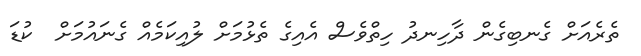
ތެރެއަށް ގެނބިގެން ދާހިނދު ހިތްވެސް އެއިގެ ތެޅުމަށް ލުއިކަމެއް ގެނައުމަށް  ކުޑަ